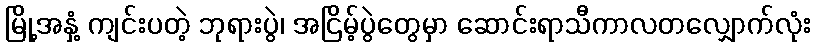
မြို့အနှံ့ ကျင်းပတဲ့ ဘုရားပွဲ၊ အငြိမ့်ပွဲတွေမှာ ဆောင်းရာသီကာလတလျှောက်လုံး